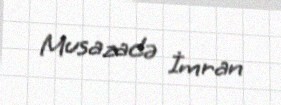
Musazadə İmran